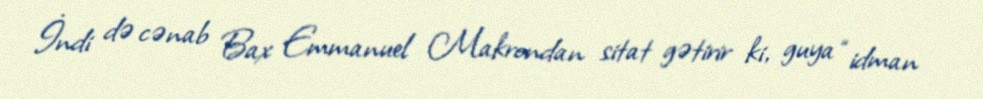
İndi də cənab Bax Emmanuel Makrondan sitat gətirir ki, guya “idman